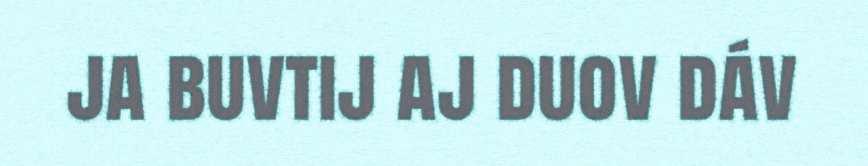
ja buvtij aj duov dáv